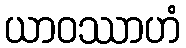
ယာဝဿာဟံ